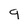
Character: 9